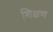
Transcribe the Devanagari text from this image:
शि़क्षण